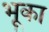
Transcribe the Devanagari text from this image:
भूका